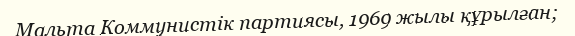
Мальта Коммунистік партиясы, 1969 жылы құрылған;